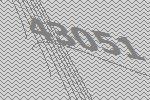
43051